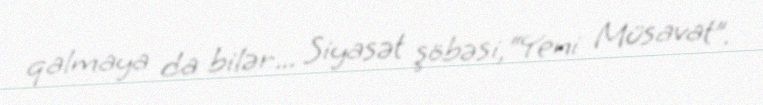
qalmaya da bilər... Siyasət şöbəsi,“Yeni Müsavat”.